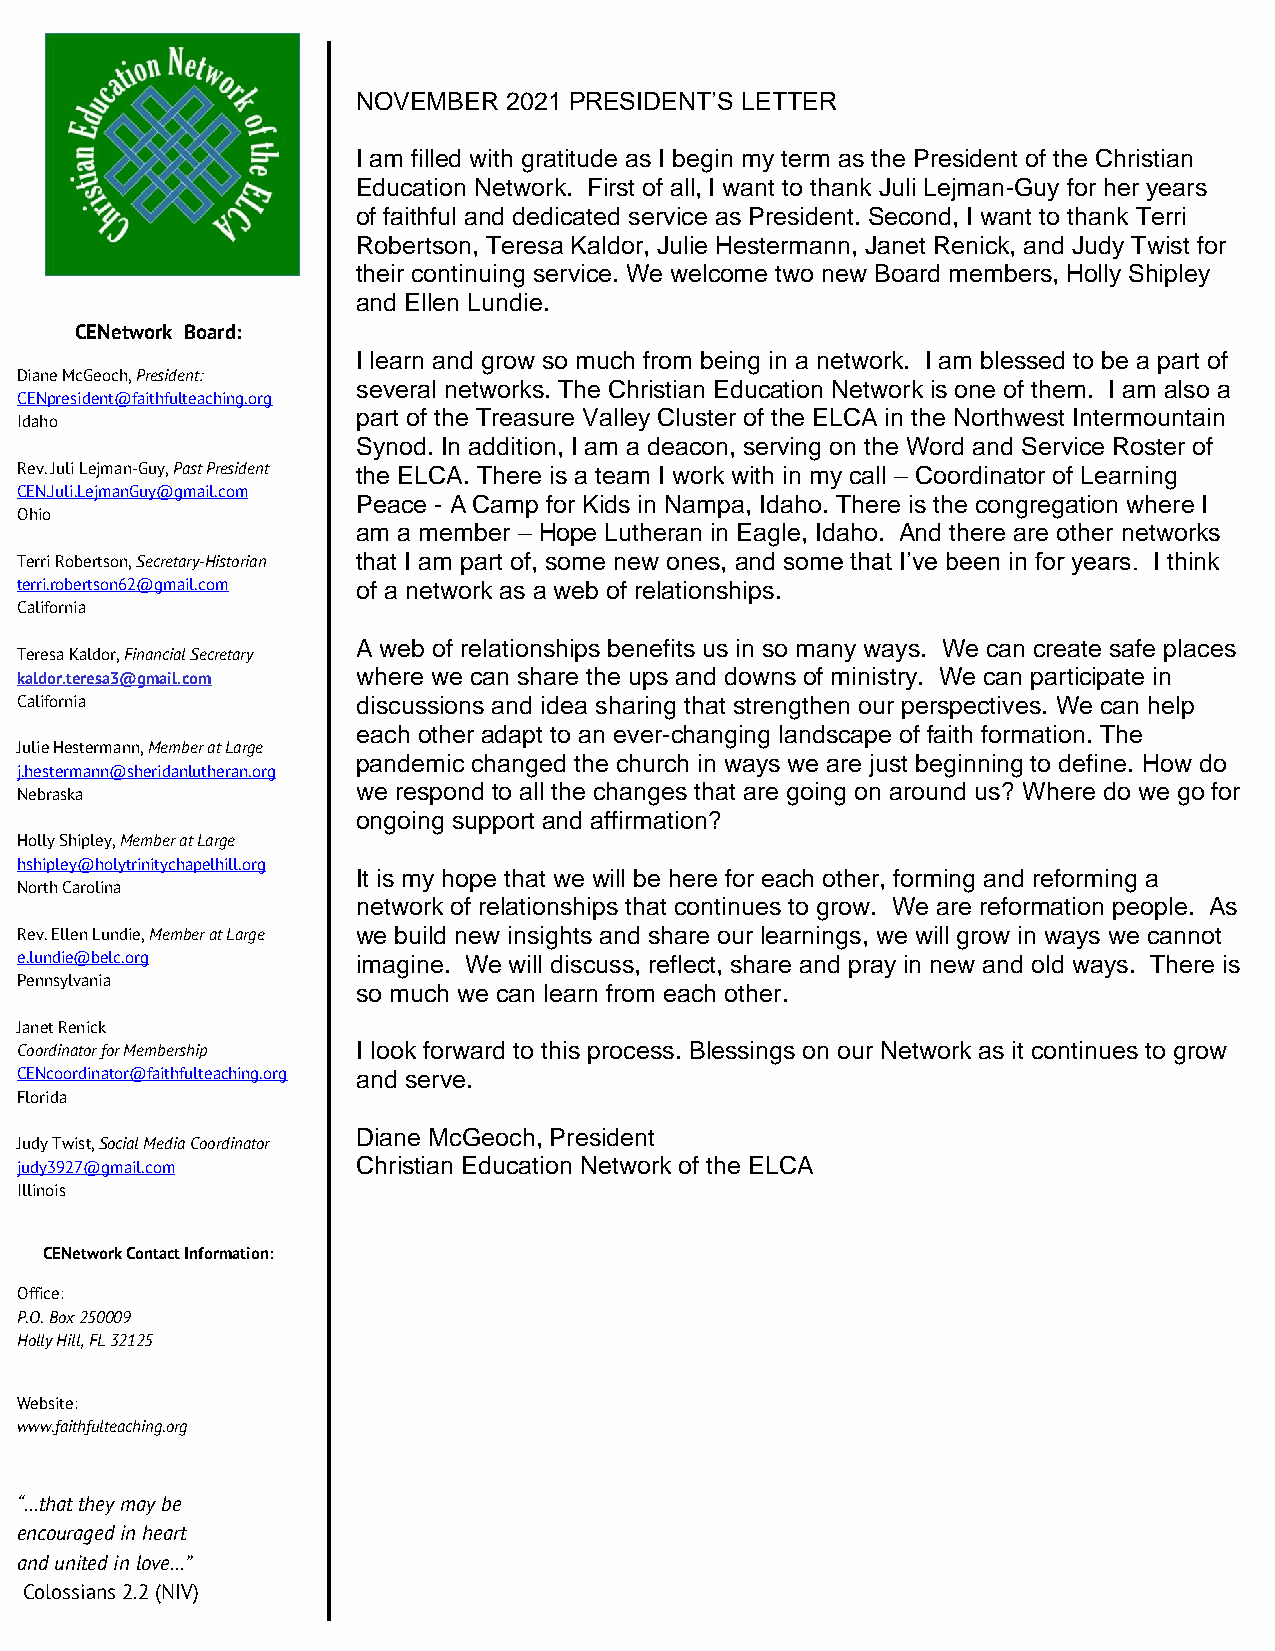
NOVEMBER  2021 PRESIDENT’S LETTER
 I am filled with gratitude as I begin my term as the President of the Christian
 Education Network. First of all, I want to thank Juli Lejman-Guy for her years
 of faithful and dedicated service as President. Second, I want to thank Terri
 Robertson, Teresa Kaldor, Julie Hestermann, Janet Renick, and Judy Twist for
 their continuing service. We welcome two new Board members, Holly Shipley
 and Ellen Lundie.
 CENetwork Board:
 I learn and grow so much from being in a network. I am blessed to be a part of
 Diane McGeoch, President:
 several networks. The Christian Education Network is one of them. I am also a
 CENpresident@faithfulteaching.org
 part of the Treasure Valley Cluster of the ELCA in the Northwest Intermountain
 Idaho
 Synod. In addition, I am a deacon, serving on the Word and Service Roster of
 Rev. Juli Lejman-Guy, Past President the ELCA. There is a team I work with in my call – Coordinator of Learning
 CEN.Juli.LejmanGuy@gmail.com
 Peace - A Camp for Kids in Nampa, Idaho. There is the congregation where I
 Ohio
 am a member – Hope Lutheran in Eagle, Idaho. And there are other networks
 Terri Robertson, Secretary-Historian that I am part of, some new ones, and some that I’ve been in for years. I think
 terri.robertson62@gmail.com of a network as a web of relationships.
 California
 A web of relationships benefits us in so many ways. We can create safe places
 Teresa Kaldor, Financial Secretary
 kaldor.teresa3@gmail.com where we can share the ups and downs of ministry. We can participate in
 California             discussions and idea sharing that strengthen our perspectives. We can help
 each other adapt to an ever-changing landscape of faith formation. The
 Julie Hestermann, Member at Large
 pandemic changed the church in ways we are just beginning to define. How do
 j.hestermann@sheridanlutheran.org
 we respond to all the changes that are going on around us? Where do we go for
 Nebraska
 ongoing support and affirmation?
 Holly Shipley, Member at Large
 hshipley@holytrinitychapelhill.org
 It is my hope that we will be here for each other, forming and reforming a
 North Carolina
 network of relationships that continues to grow. We are reformation people. As
 Rev. Ellen Lundie, Member at Large we build new insights and share our learnings, we will grow in ways we cannot
 e.lundie@belc.org      imagine. We will discuss, reflect, share and pray in new and old ways. There is
 Pennsylvania
 so much we can learn from each other.
 Janet Renick
 Coordinator for Membership I look forward to this process. Blessings on our Network as it continues to grow
 CENcoordinator@faithfulteaching.org and serve.
 Florida
 Diane McGeoch, President
 Judy Twist, Social Media Coordinator
 judy3927@gmail.com     Christian Education Network of the ELCA
 Illinois
 CENetwork Contact Information:
 Office:
 P.O. Box 250009
 Holly Hill, FL 32125
 Website:
 www.faithfulteaching.org
 “…that they may be
 encouraged in heart
 and united in love…”
 Colossians 2.2 (NIV)